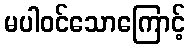
မပါဝင်သောကြောင့်